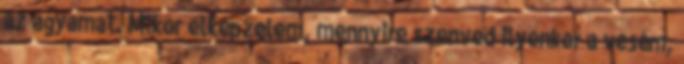
az agyamat. Mikor elképzelem, mennyire szenved ilyenkor a vesém,